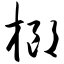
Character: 榔